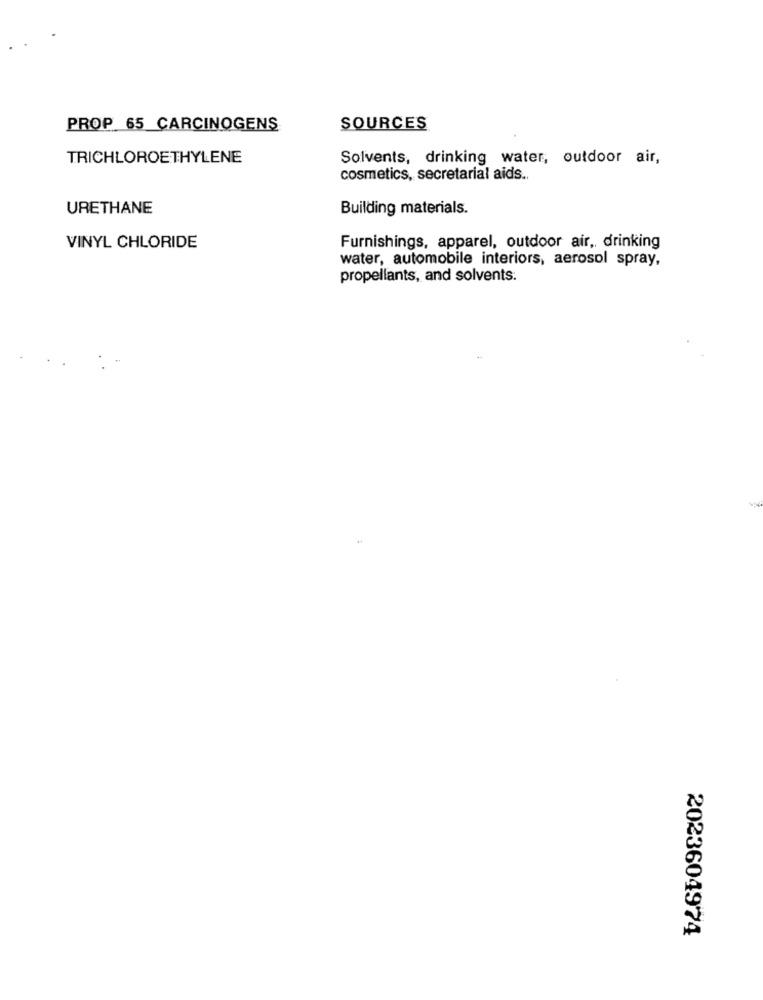
PROP 65 CARCINOGENS
SOURCES
TRICHLOROETHYLENE
Solvents, drinking water, outdoor air,
cosmetics, secretarial aids.
URETHANE
Building materials.
VINYL CHLORIDE
Furnishings, apparel, outdoor air, drinking
water, automobile interiors, aerosol spray,
propellants, and solvents:
2023604974